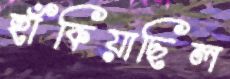
হাঁকিয়াছিল